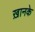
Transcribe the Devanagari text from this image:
ख़ानके